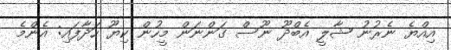
އިއްޔެ ނެރުނު ޝާލީ އެބްދޫ ނޫސް ގަންނަން މީހުން ކިޔޫ ހަދާފައި: އެންމެ